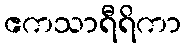
ဧကသာရီရိကာ